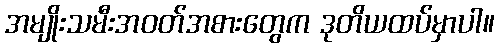
အမျိုးသမီးအဝတ်အစားတွေက ဒုတိယထပ်မှာပါ။